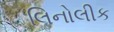
લિનોલીક